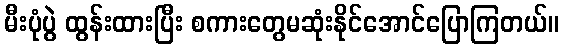
မီးပုံပွဲ ထွန်းထားပြီး စကားတွေမဆုံးနိုင်အောင်ပြောကြတယ်။